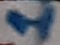
Text: 1